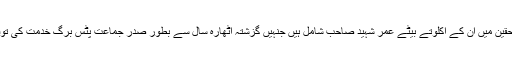
مرحومہ کے لواحقین میں ان کے اکلوتے بیٹے عمر شہید صاحب شامل ہیں جنہیں گزشتہ اٹھارہ سال سے بطور صدر جماعت پِٹس برگ خدمت کی توفیق مل رہی ہے۔